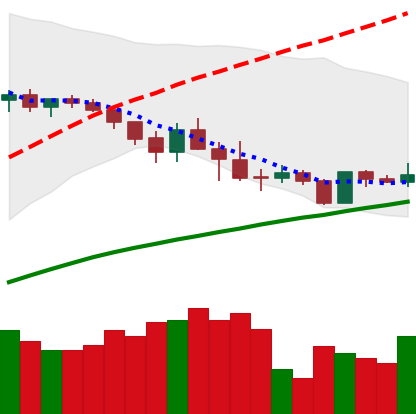
Ticker: ADA-USD
Chart end date: 2019-05-03
Forward return: -7.518%
Label: down_7plus